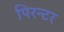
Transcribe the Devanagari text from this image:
पिरन्टर